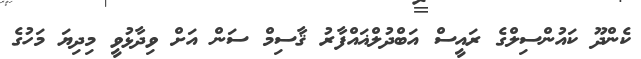
ކެންދޫ ކައުންސިލްގެ ރައީސް އަބްދުލްޣައްފާރު ޤާސިމް ސަން އަށް ވިދާޅުވީ މިދިޔަ މަހުގެ